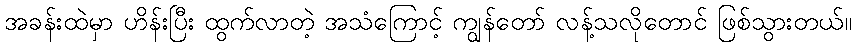
အခန်းထဲမှာ ဟိန်းပြီး ထွက်လာတဲ့ အသံကြောင့် ကျွန်တော် လန့်သလိုတောင် ဖြစ်သွားတယ်။